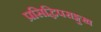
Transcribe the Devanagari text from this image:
प्रसिद्धिपराङ्मुख